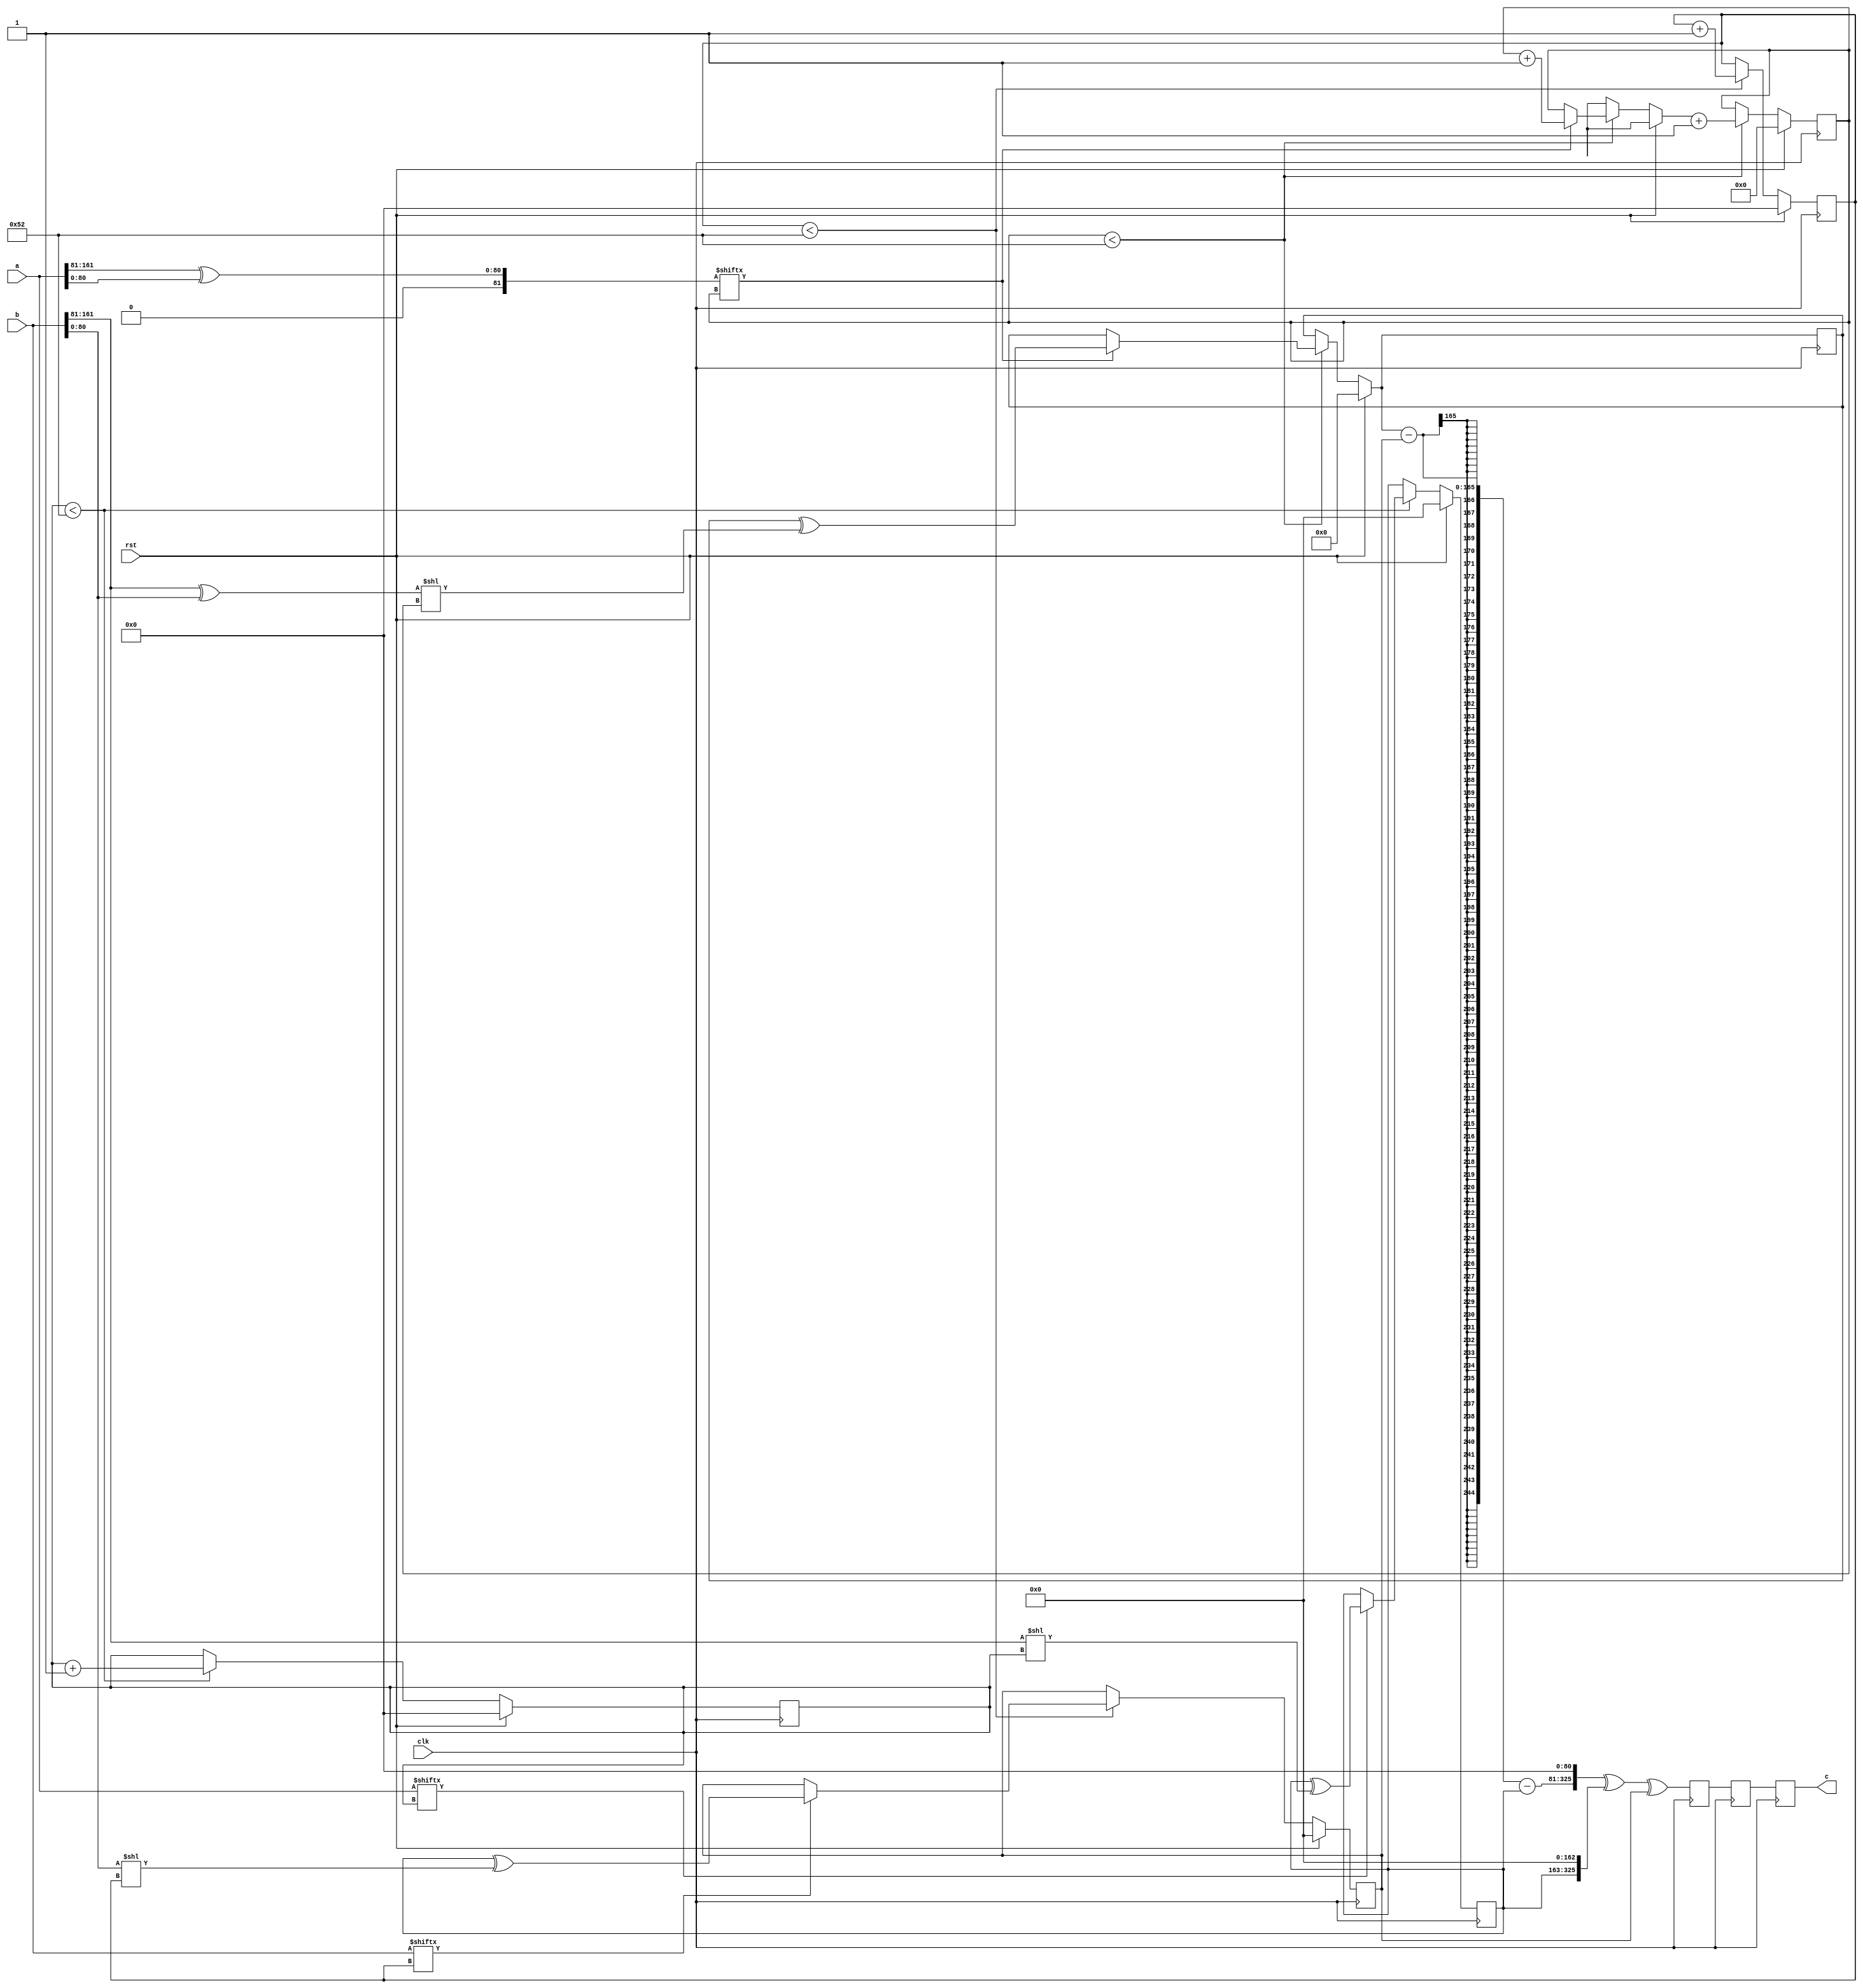
// TalTech large integer multiplier library
// Multiplier type: two_way_karatsuba
// Parameters: 163 163 3
// Target tool: genus
module two_way_karatsuba(clk, rst, a, b, c);
input clk;
input rst;
input [162:0] a;
input [162:0] b;
output reg [325:0] c;

reg [325:0] c_temp_2;
reg [325:0] c_temp_1;

// Wires declaration 
wire  [80:0] a1;
wire  [80:0] b1;
wire  [80:0] c1;
wire  [80:0] d1;
wire  [81:0] sum_a1b1;
wire  [81:0] sum_c1d1;

// Registers declaration 
reg  [80:0] counter_a1c1;
reg  [80:0] counter_b1d1;
reg  [82:0] counter_sum_a1b1_c1d1;
reg  [162:0] mul_a1c1;
reg  [162:0] mul_b1d1;
reg  [164:0] mul_sum_a1b1_sum_c1d1;

// breaking the inputs into 4 parts of equal length
assign a1 = a[162:81];
assign b1 = a[80:0];
assign c1 = b[162:81];
assign d1 = b[80:0];
// Step-1 of 2-Way Karatsuba Multiplier
always @(posedge clk) begin
	if (rst) begin
		mul_a1c1 <= 163'd0;
		counter_a1c1 <= 81'd0;
	end
	else if (counter_a1c1 < 82) begin
		if (a[counter_a1c1] == 1'b1) begin
			mul_a1c1 <= mul_a1c1 ^ (c1 << counter_a1c1);
			counter_a1c1 <= counter_a1c1 + 1;
		end
		counter_a1c1 <= counter_a1c1 + 1;
	end
end

// Step-2 of 2-Way Karatsuba Multiplier
always @(posedge clk) begin
	if (rst) begin
		mul_b1d1 <= 163'd0;
		counter_b1d1 <= 81'd0;
	end
	else if (counter_b1d1 < 82) begin
		if (b[counter_b1d1] == 1'b1) begin
			mul_b1d1 <= mul_a1c1 ^ (d1 << counter_b1d1);
			counter_b1d1 <= counter_b1d1 + 1;
		end
		counter_b1d1 <= counter_b1d1 + 1;
	end
end

// Assignments to sum_a1b1 and sum_c1d1
assign sum_a1b1 = a1 ^ b1;
assign sum_c1d1 = c1 ^ d1;

// Step-3 of 2-Way Karatsuba Multiplier
always @(posedge clk) begin
	if (rst) begin
		c_temp_2 = 326'd0;
		mul_sum_a1b1_sum_c1d1 = 165'd0;
		counter_sum_a1b1_c1d1 = 83'd0;
	end
	else if (counter_sum_a1b1_c1d1 < 82) begin
		if (sum_a1b1[counter_sum_a1b1_c1d1] == 1'b1) begin
			mul_sum_a1b1_sum_c1d1 = mul_sum_a1b1_sum_c1d1 ^ (sum_c1d1 << counter_sum_a1b1_c1d1);
			counter_sum_a1b1_c1d1 = counter_sum_a1b1_c1d1 + 1;
		end
		counter_sum_a1b1_c1d1 = counter_sum_a1b1_c1d1 + 1;
	end
	c_temp_2 = mul_sum_a1b1_sum_c1d1 - mul_b1d1 - mul_a1c1;
	c_temp_2 = c_temp_2 << 81;
	c_temp_2 = c_temp_2 ^ (mul_a1c1 << 163);
	c_temp_2 = c_temp_2 ^ mul_b1d1;
end

// pipeline stages
always @(posedge clk) begin
	c <= c_temp_1;
	c_temp_1 <= c_temp_2;
end
endmodule